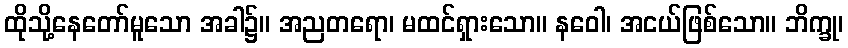
ထိုသို့နေတော်မူသော အခါ၌။ အညတရော၊ မထင်ရှားသော။ နဝေါ၊ အငယ်ဖြစ်သော။ ဘိက္ခု၊